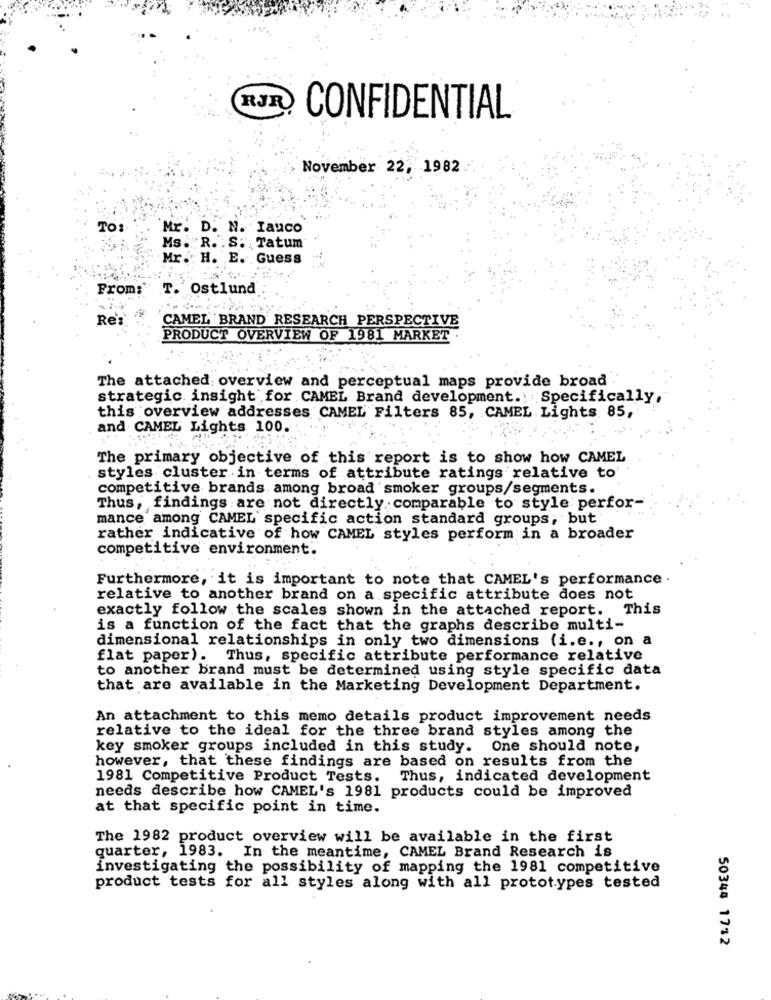
RJR
CONFIDENTIAL
November 22, 1982
TO:
Mr. D. N. Iauco
Ms. R. . S. Tatum
Mr. H. E. Guess
From: T. Ostlund
Re's
CAMEL BRAND RESEARCH PERSPECTIVE
PRODUCT OVERVIEW OF 1981 MARKET
The attached overview and perceptual maps provide broad
strategic insight for CAMEL Brand development. Specifically,
this overview addresses CAMEL Filters 85, CAMEL Lights 85,
and CAMEL Lights 100.
The primary objective of this report is to show how CAMEL
styles cluster in terms of attribute ratings relative to
competitive brands among broad smoker groups/segments.
Thus, findings are not directly comparable to style perfor-
mance among CAMEL specific action standard groups, but
rather indicative of how CAMEL styles perform in a broader
competitive environment.
Furthermore, it is important to note that CAMEL's performance .
relative to another brand on a specific attribute does not
exactly follow the scales shown in the attached report. This
is a function of the fact that the graphs describe multi-
dimensional relationships in only two dimensions (i.e ., on a
flat paper). Thus, specific attribute performance relative
to another brand must be determined using style specific data
that are available in the Marketing Development Department.
An attachment to this memo details product improvement needs
relative to the ideal for the three brand styles among the
key smoker groups included in this study. One should note,
however, that these findings are based on results from the
1981 Competitive Product Tests. Thus, indicated development
needs describe how CAMEL's 1981 products could be improved
at that specific point in time.
The 1982 product overview will be available in the first
quarter, 1983. In the meantime, CAMEL Brand Research is
investigating the possibility of mapping the 1981 competitive
product tests for all styles along with all prototypes tested
50344 1742